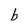
Character: b